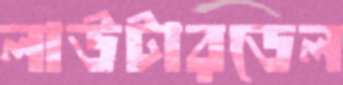
লাউটারডেল